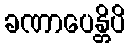
ခဏာပေန္တိပိ